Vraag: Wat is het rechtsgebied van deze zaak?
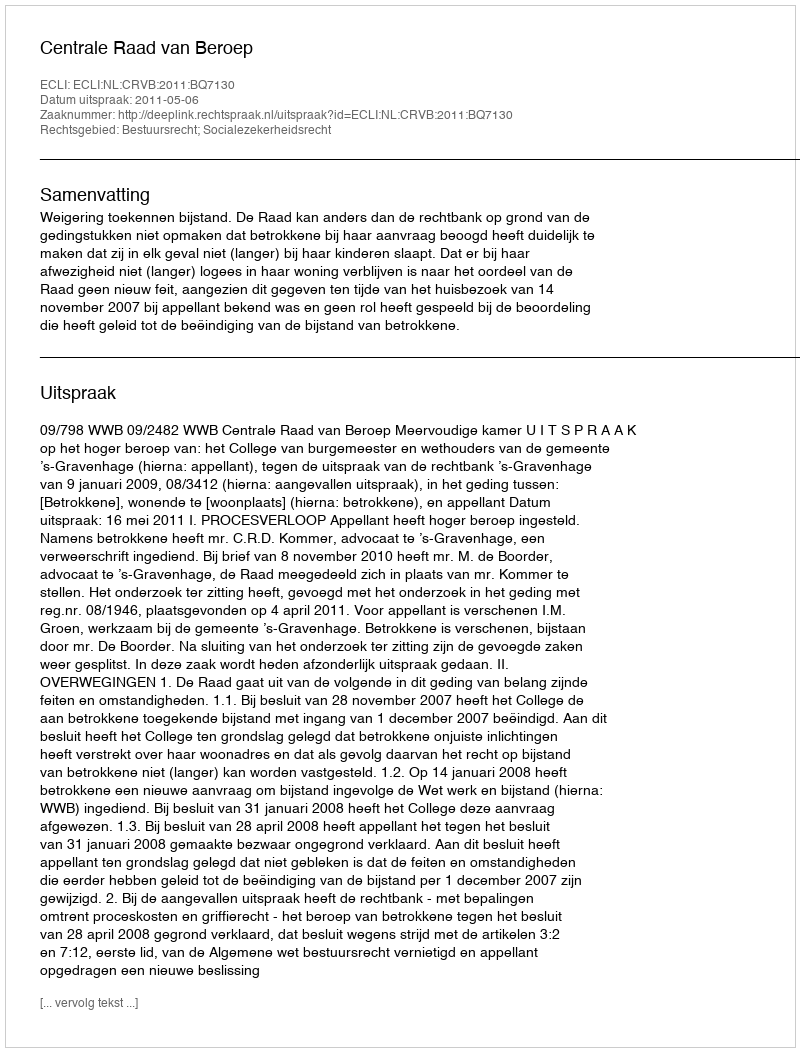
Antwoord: Bestuursrecht; Socialezekerheidsrecht